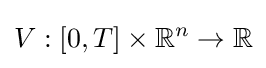
V:[0,T]\times \mathbb {R} ^{n}\to \mathbb {R}